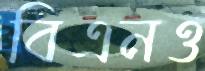
বিএনও